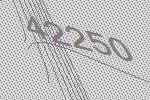
42250